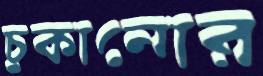
চুকানোর